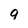
Character: q